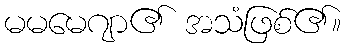
မမမေဂျာ၏ အသံဖြစ်၏။